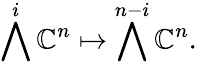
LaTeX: \bigwedge^{i}\mathbb{C}^{n}\mapsto\bigwedge^{n-i}\mathbb{C}^{n}.